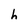
Character: h